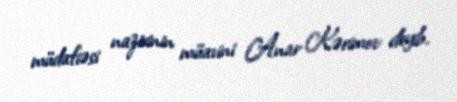
müdafiəsi nazirinin müavini Anar Kərimov deyib.